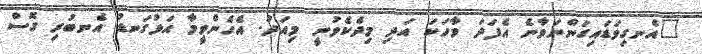
"އެނގިވަޑައިގަންނަވާނެ އެފަދަ ވާހަކަ އަދި މިދެކެވުނީ މިއަދު. އެހެންވީމާ އަޅުގަނޑު އެނބުރި ގޮސް